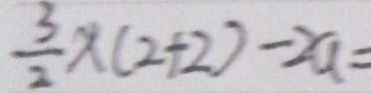
\frac { 3 } { 2 } \times ( 2 + 2 ) - 2 a =